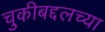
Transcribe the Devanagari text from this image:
चुकीबद्दलच्या